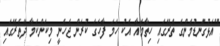
"އަޅުގަނޑުމެންގެ ތެރޭގައި ހިތާމައާ އެކު ހަމަ ފާހަގަ ކުރަން ޖެހެނީ މިކަންކަމާ ދޭތެރޭގައި